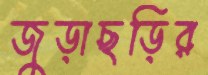
জুড়াছড়ির